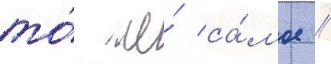
то́ же́ са́мое //